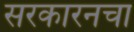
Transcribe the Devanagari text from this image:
सरकारनचा